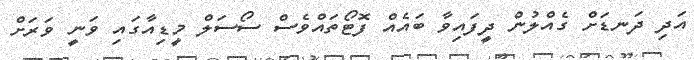
އަދި ދަނޑަށް ގެއްލުން ދީފައިވާ ބައެއް ފޮޓޯތައްވެސް ސޯސަލް މީޑިއާގައި ވަނީ ވަރަށް